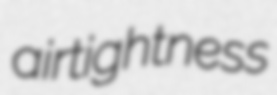
airtightness